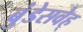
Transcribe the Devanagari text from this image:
बुंडेसवेह्